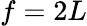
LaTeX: f=2L